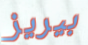
بيريز